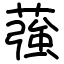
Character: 蔃